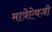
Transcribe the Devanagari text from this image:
मात्रेऐवजी